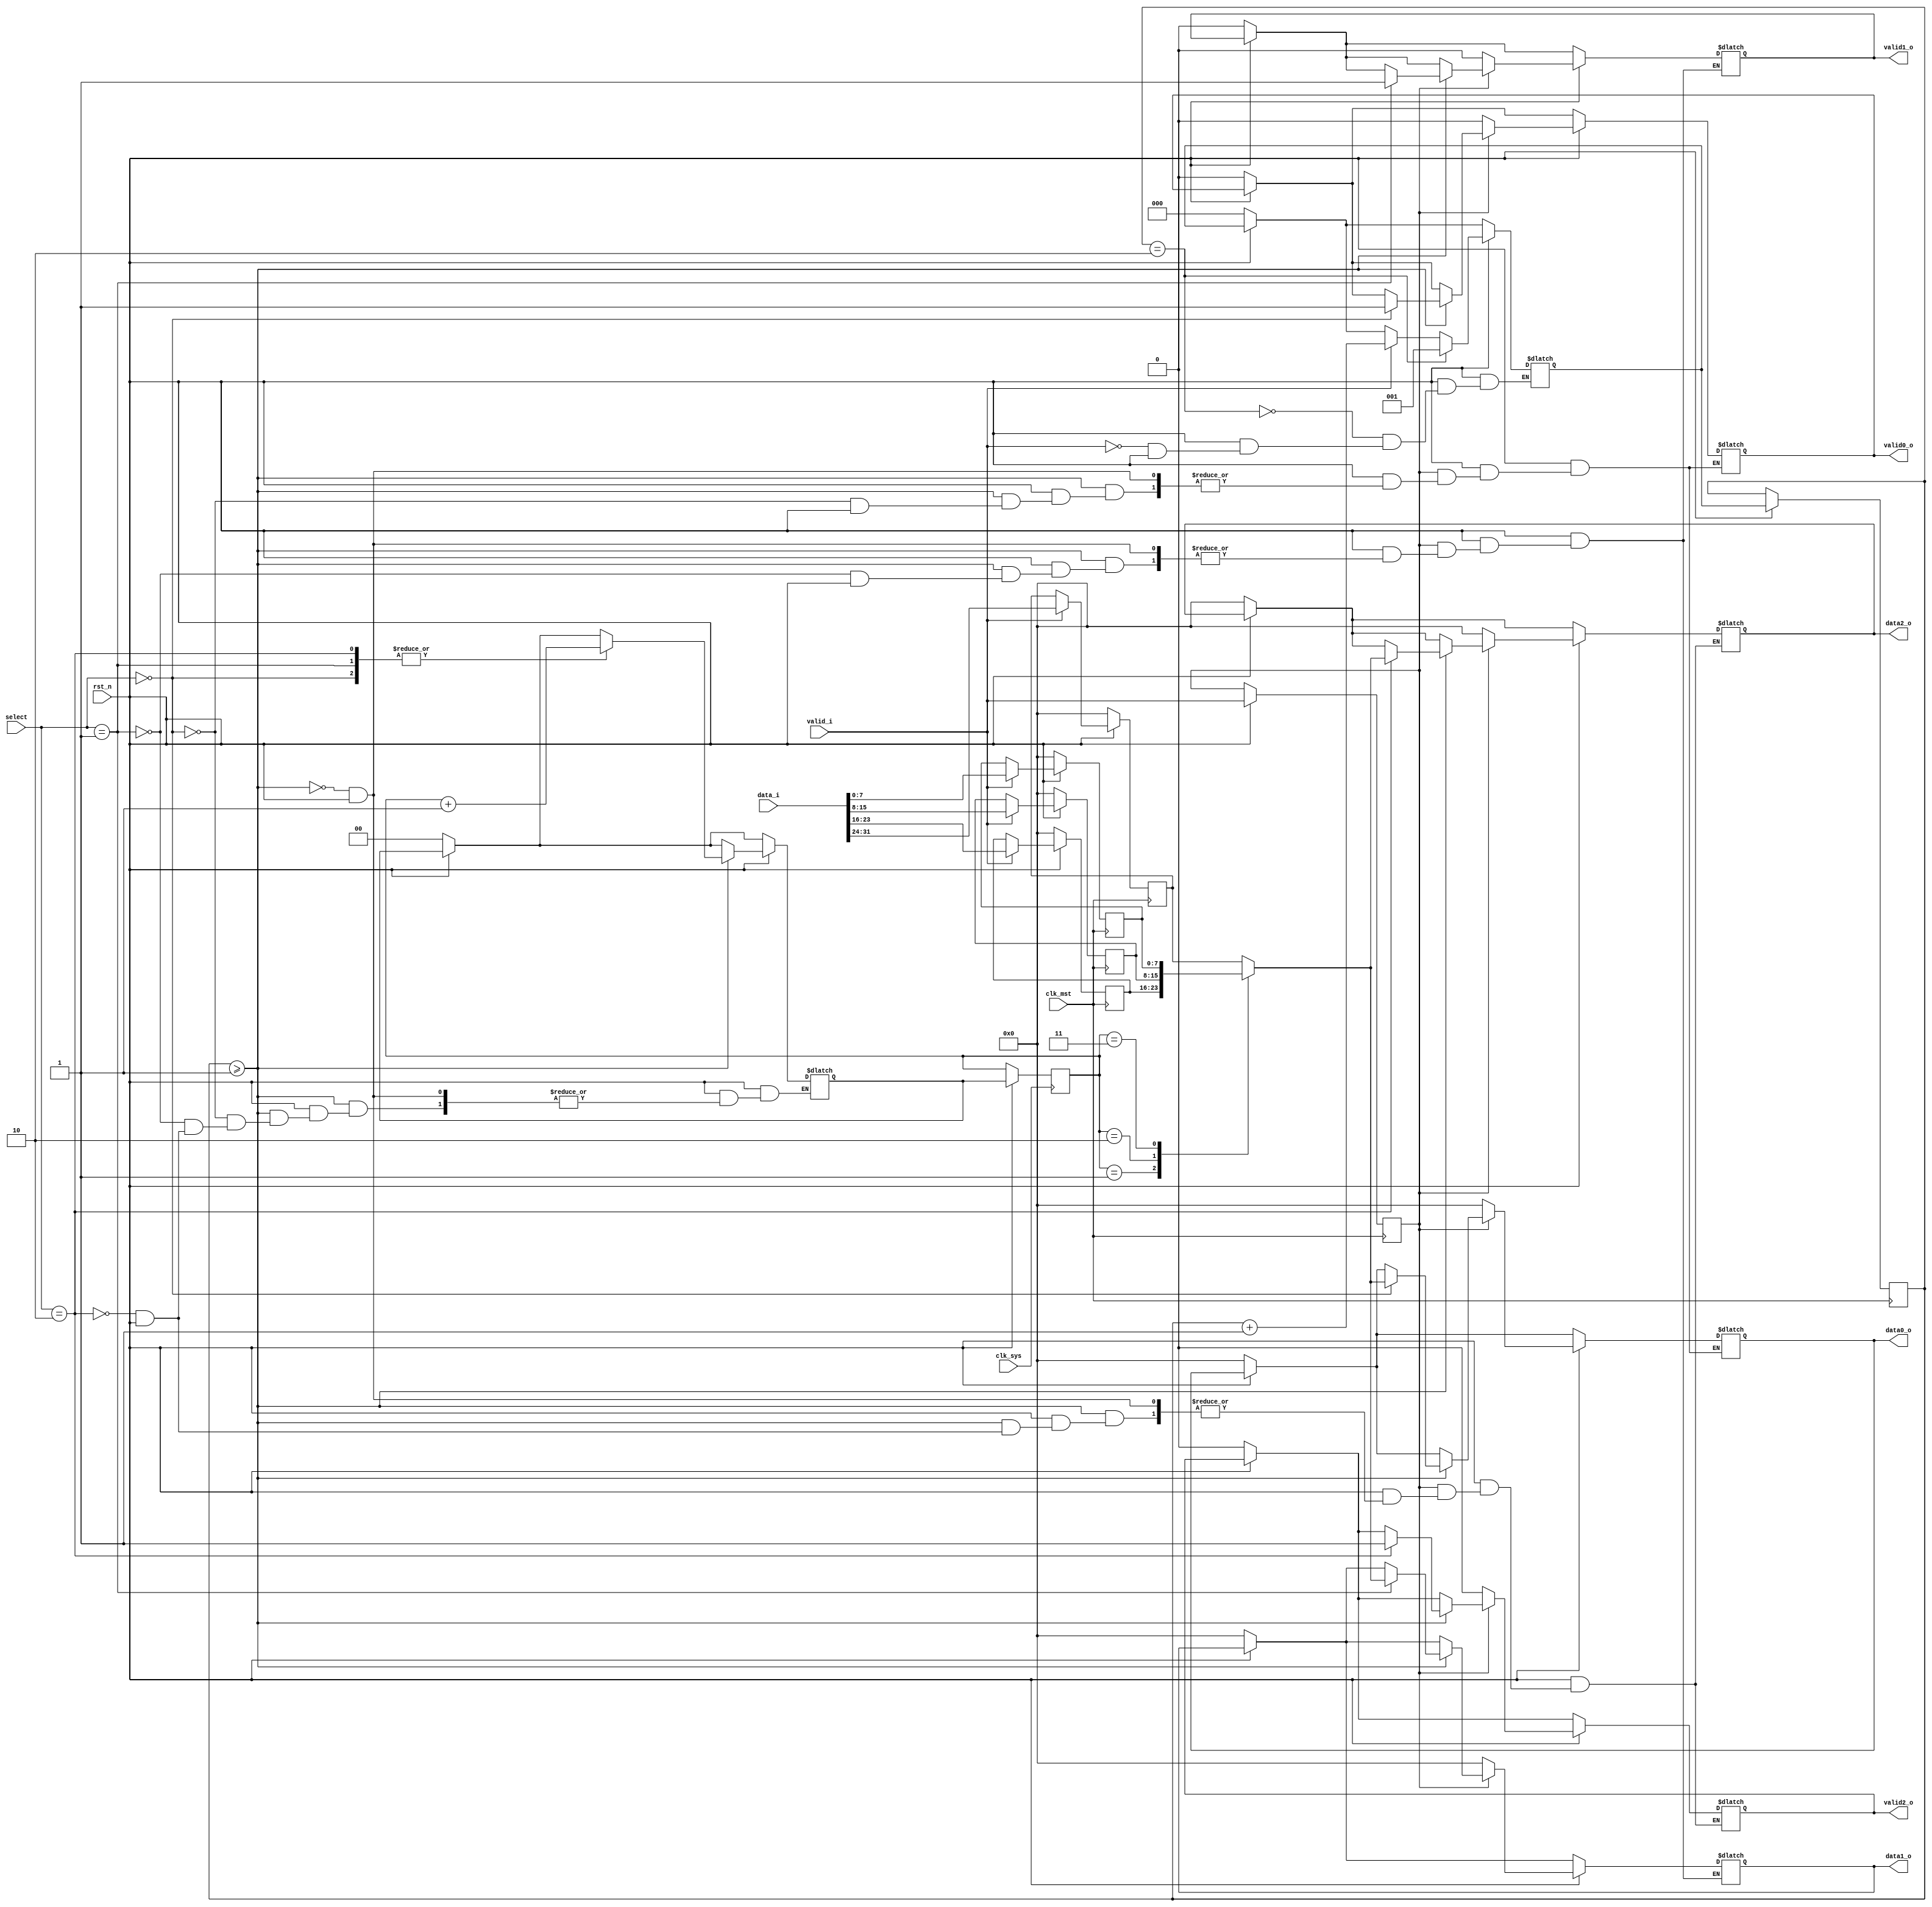
module demux #(
		parameter MST_DWIDTH = 32,
		parameter SYS_DWIDTH = 8
	)(
		// Clock and reset interface
		input clk_sys,
		input clk_mst,
		input rst_n,
		
		//Select interface
		input[1:0] select,
		
		// Input interface
		input [MST_DWIDTH -1  : 0]	 data_i,
		input 						 	 valid_i,
		
		//output interfaces
		output reg [SYS_DWIDTH - 1 : 0] 	data0_o,
		output reg     						valid0_o,
		
		output reg [SYS_DWIDTH - 1 : 0] 	data1_o,
		output reg     						valid1_o,
		
		output reg [SYS_DWIDTH - 1 : 0] 	data2_o,
		output reg     						valid2_o
    );
	
reg [SYS_DWIDTH - 1 : 0] vector [3:0];
reg[1:0] i;
reg[1:0] i_next;
reg[2:0] count; // variabila care numara ciclurile de ceas mst
reg[2:0] count_clk; 
reg valid_i_reg;

always@(posedge clk_mst) begin

	if(!rst_n) begin
		vector[0] <= 0;
		vector[1] <= 0;
		vector[2] <= 0;
		vector[3] <= 0;
	end 
	else if(rst_n) begin
		valid_i_reg <= valid_i;
		if(valid_i)	begin	
			vector[0] <= data_i[31:24];
			vector[1] <= data_i[23:16];
			vector[2] <= data_i[15:8];
			vector[3] <= data_i[7:0];
		end
		count <= count_clk;
	end

end

always@(posedge clk_sys) begin

	if(rst_n) begin
		i <= i_next;	
	end
	
end

always@(*) begin
	if(!rst_n) begin
		count_clk = 0;
		data0_o = 0;
		data1_o = 0;
		data2_o = 0;
		valid0_o = 0;
		valid1_o = 0;
		valid2_o = 0;
		i_next = 0;
	end 
	if (rst_n) begin
		if (valid_i) begin
			count_clk = count + 1; // count creste cand se introduc date la intrare
		end  

		if(count >= 1) begin // daca a trecut un clk_mst, se incepe afisarea datelor
				case(select)
					2'b00: begin
						data0_o = vector[i];
						valid0_o = 1;
						i_next = i + 1;
					end
					2'b01: begin
						data1_o = vector[i];
						valid1_o = 1;
						i_next = i + 1;	
					end
					2'b10: begin
						data2_o = vector[i];
						valid2_o = 1;
						i_next = i + 1;
					end
				endcase
						
		end
		 if (count == 2) begin // dupa fiecare 2 cicluri mst, variabila se reseteaza la 1
			count_clk = 1;			
		end

		if (valid_i_reg == 0) begin 
			data0_o = 0;
			data1_o = 0;
			data2_o = 0;
			valid0_o = 0;
			valid1_o = 0;
			valid2_o = 0;
		end
		
	end	
end

endmodule